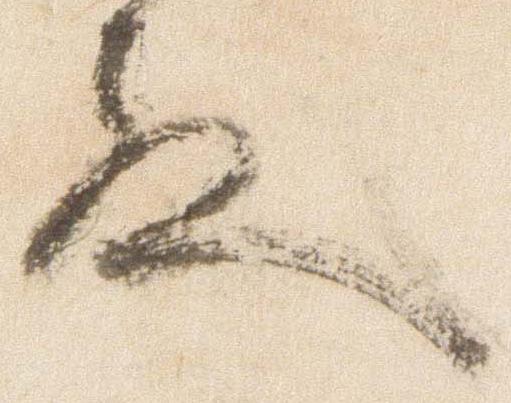
殿